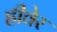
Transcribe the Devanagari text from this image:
ह्रीवेर